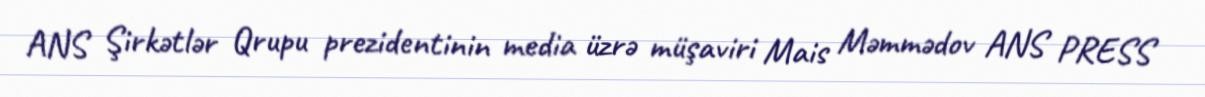
ANS Şirkətlər Qrupu prezidentinin media üzrə müşaviri Mais Məmmədov ANS PRESS